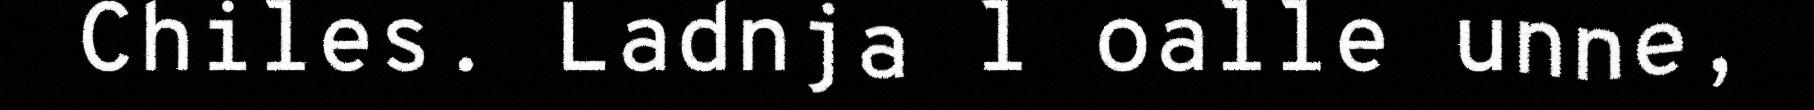
Chiles. Ladnja l oalle unne,